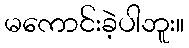
မကောင်းခဲ့ပါဘူး။